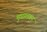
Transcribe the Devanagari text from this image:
मुधालवन